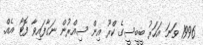
1996 ވަނަ އަހަރު ބީބީސީގެ ކްރޫ އިން ސިއްރުން ނަގާފައިވާ ފޮޓޯ އެއް.